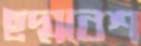
ছদ্মবেশ